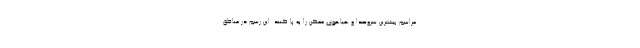
مراسم بیشترین سروصدا و هیاهوی ممکن را به پا کنند. این رسم در مناطق